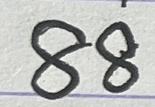
88